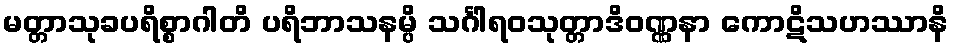
မတ္တာသုခပရိစ္စာဂါတိ ပရိဘာသနမ္ပိ သင်္ဂါရဝသုတ္တာဒိဝဏ္ဏနာ ကောဋိသဟဿာနိ